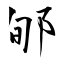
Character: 郇